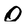
Character: 0